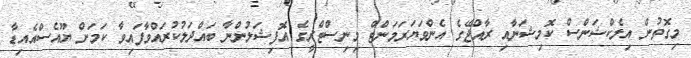
މިގޮތުން އިލެކްޝަންސް ކޮމިޝަނާއި ރާއްޖޭގެ އެންވަޔަރަމަންޓް މިނިސްޓްރީގެ އޮފިޝަލުންނާ ބައްދަލުކުރައްވާފައިވާ ކަމަށް ޔޫއެސްއެއިޑާ